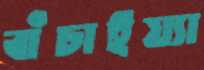
বাঁচাইয়্যা